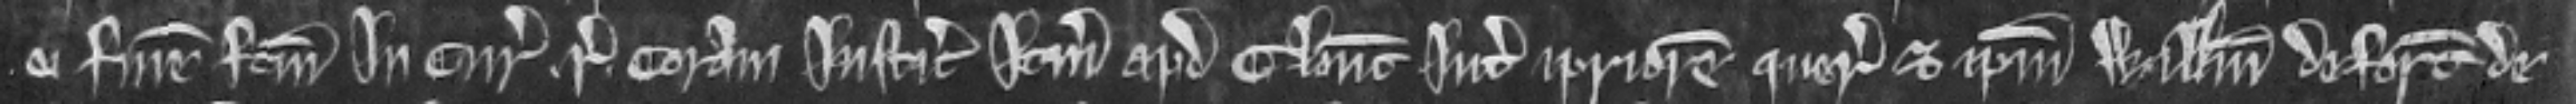
ei finem factum in curia regis coram justiciaris itinerantibus apud Gloucester inter ipsum priorem querentem et ipsum Willelmum deforciantem de